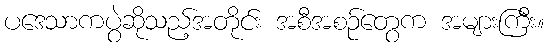
ပဒေသာကပွဲဆိုသည့်အတိုင်း အစီအစဉ်တွေက အများကြီး။